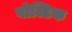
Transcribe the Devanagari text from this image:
बोल्टिक